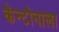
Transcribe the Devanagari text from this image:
कॅन्टोनाला